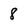
Character: 8